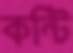
কন্টি